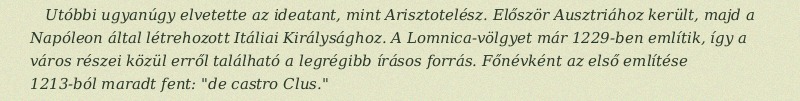
Utóbbi ugyanúgy elvetette az ideatant, mint Arisztotelész. Először Ausztriához került, majd a Napóleon által létrehozott Itáliai Királysághoz. A Lomnica-völgyet már 1229-ben említik, így a város részei közül erről található a legrégibb írásos forrás. Főnévként az első említése 1213-ból maradt fent: "de castro Clus."